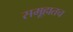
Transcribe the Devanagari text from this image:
समूहातच